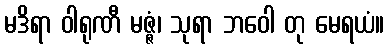
မဒိရာ ဝါရုဏီ မဇ္ဇံ၊ သုရာ ဘဝေါ တု မေရယံ။